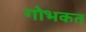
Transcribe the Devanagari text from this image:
गोभकत